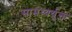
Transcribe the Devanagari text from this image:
सामथ्यर्युक्त